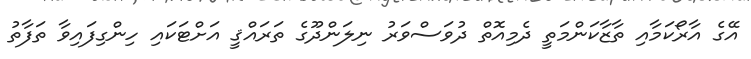
އޭގެ އާރޯކަމާއި ތާޒާކަންމަތީ ދެމިއޮތް ދުވަސްވަރު ނިލަންދޫގެ ތަރައްޤީ އަށްޓަކައި ހިންގިފައިވާ ތަފާތު